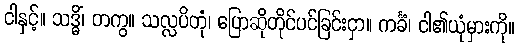
ငါနှင့်။ သဒ္ဓိံ၊ တကွ။ သလ္လပိတုံ၊ ပြောဆိုတိုင်ပင်ခြင်းငှာ။ ကင်္ခံ၊ ငါ၏ယုံမှားကို။